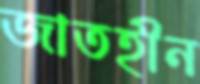
জাতহীন